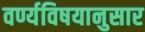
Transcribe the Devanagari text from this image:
वर्ण्यविषयानुसार